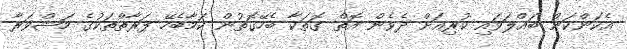
އެކަންކަން ބައްލަވައި ކުރިއަށް ދެވެން އޮތް ގޮތަކާ ބެހޭގޮތުން ކަމާބެހޭ ފަރާތްތަކުގެ މަޝްވަރާ